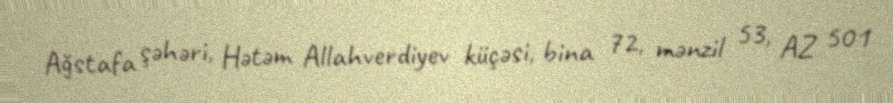
Ağstafa şəhəri, Hətəm Allahverdiyev küçəsi, bina 72, mənzil 53, AZ 501